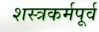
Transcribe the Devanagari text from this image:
शस्त्रकर्मपूर्व